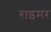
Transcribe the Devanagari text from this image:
राइमर